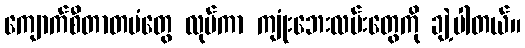
ကျောက်စီတာတမံတွေ လုပ်ကာ ကျုံးဘေးလမ်းတွေကို ချဲ့ပါတယ်။